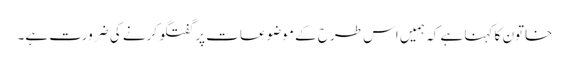
خاتون کا کہنا ہے کہ ہمیں اس طرح کے موضوعات پر گفتگو کرنے کی ضرورت ہے۔